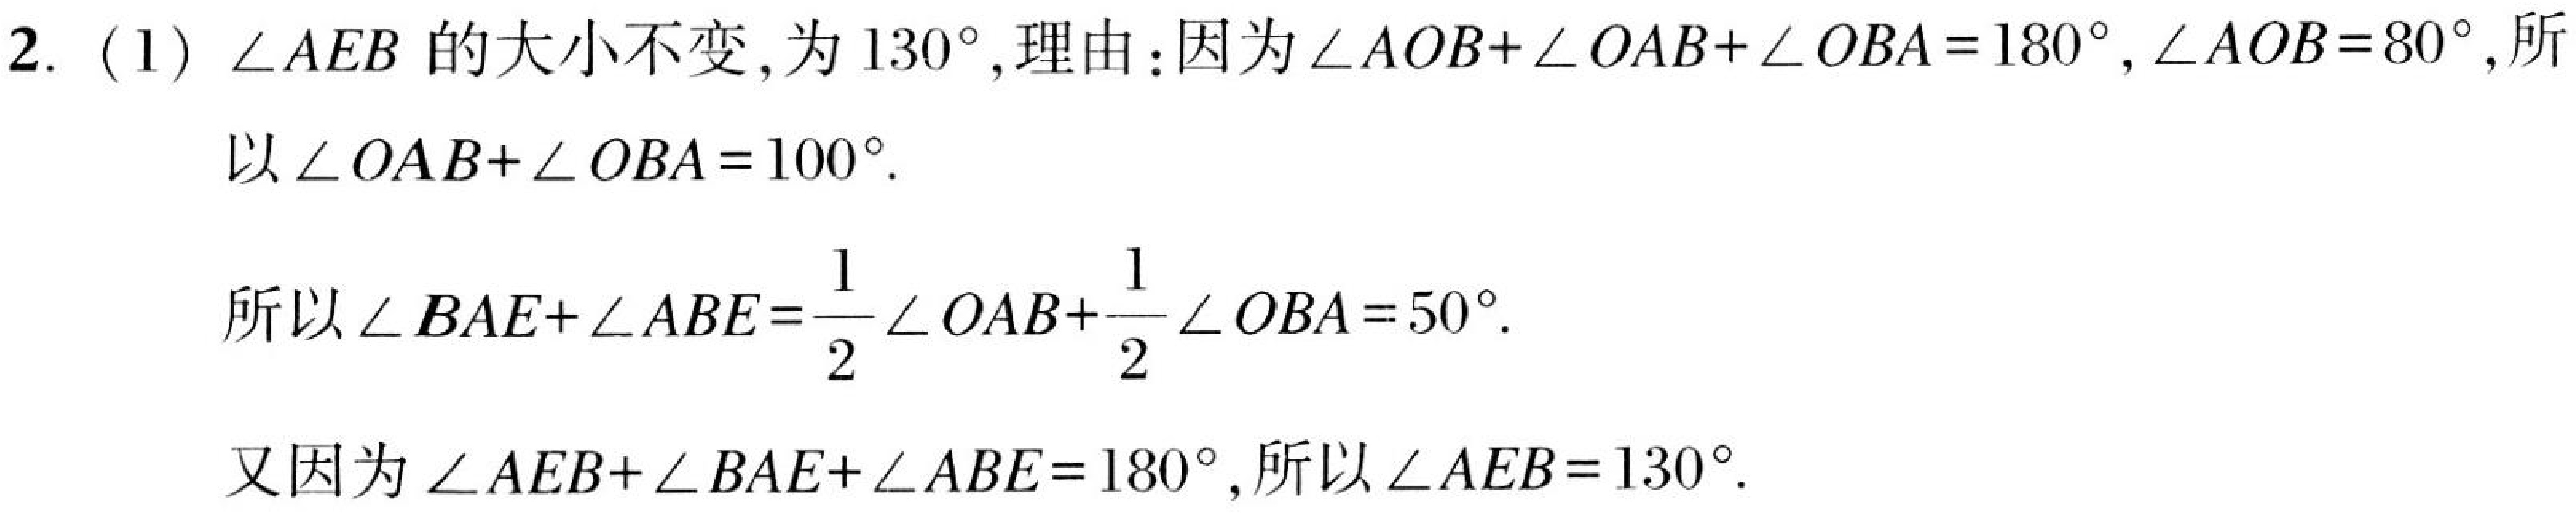
2. (1) \(\angle AEB\)的大小不变,为\(130^{\circ}\),理由:因为\(\angle AOB+\angle OAB+\angle OBA = 180^{\circ}\),\(\angle AOB = 80^{\circ}\),所
以\(\angle OAB+\angle OBA = 100^{\circ}\).
所以\(\angle BAE+\angle ABE=\frac{1}{2}\angle OAB+\frac{1}{2}\angle OBA = 50^{\circ}\).
又因为\(\angle AEB+\angle BAE+\angle ABE = 180^{\circ}\),所以\(\angle AEB = 130^{\circ}\).